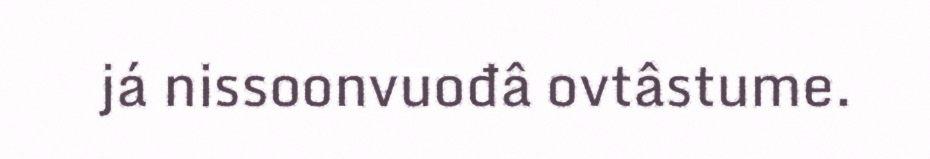
já nissoonvuođâ ovtâstume.